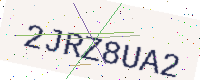
Text: 2JRZ8UA2